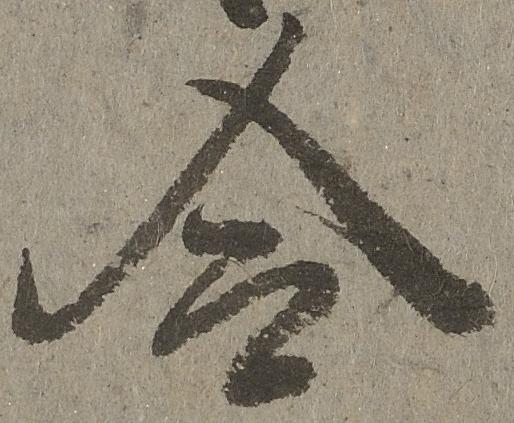
合